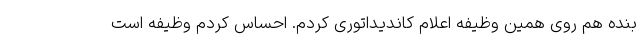
بنده هم روی همین وظیفه اعلام کاندیداتوری کردم. احساس کردم وظیفه است